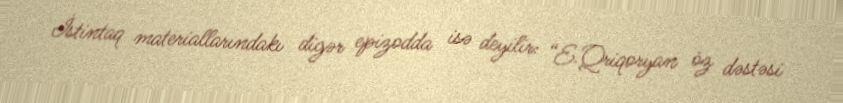
İstintaq materiallarındakı digər epizodda isə deyilir: “E.Qriqoryan öz dəstəsi